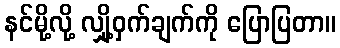
နင်မို့လို့ လျှို့ဝှက်ချက်ကို ပြောပြတာ။